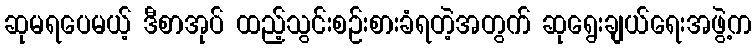
ဆုမရပေမယ့် ဒီစာအုပ် ထည့်သွင်းစဉ်းစားခံရတဲ့အတွက် ဆုရွေးချယ်ရေးအဖွဲ့က